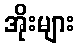
အိုးများ